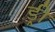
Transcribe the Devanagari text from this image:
ड्री